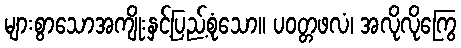
များစွာသောအကျိုးနှင့်ပြည့်စုံသော။ ပဝတ္တဖလံ၊ အလိုလိုကြွေ